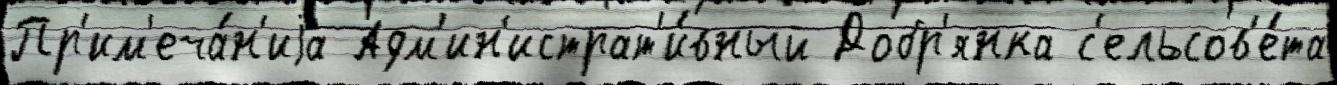
Пр'им'еча́н'иjа Адм'ин'истрат'и́вный Добр'янка с'ельсов'е́та